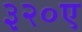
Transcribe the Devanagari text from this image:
३२०ए